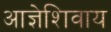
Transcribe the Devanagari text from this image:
आज्ञेशिवाय